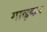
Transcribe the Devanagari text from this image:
गाढ़कर